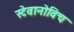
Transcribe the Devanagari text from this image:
स्टेवानोविच